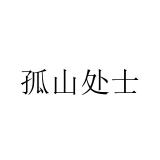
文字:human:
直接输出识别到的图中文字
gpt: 孤山处士